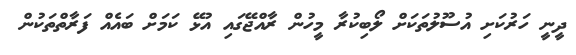
ދީނީ ހަރުކަށި އުސޫލުތަކަށް ލޯބިކުރާ މީހުން ރާއްޖޭގައި އުޅޭ ކަމަށް ބައެއް ފަރާތްތަކުން